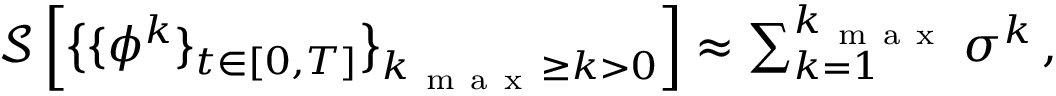
\begin{array} { r } { \mathcal { S } \left[ \big \{ \{ { \phi } ^ { k } \} _ { t \in [ 0 , T ] } \big \} _ { k _ { \mathrm { ~ m ~ a ~ x ~ } } \geq k > 0 } \right] \approx \sum _ { k = 1 } ^ { k _ { \mathrm { ~ m ~ a ~ x ~ } } } \sigma ^ { k } \, , } \end{array}